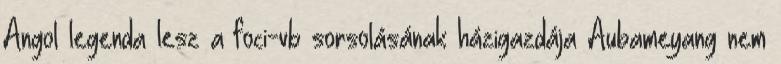
Angol legenda lesz a foci-vb sorsolásának házigazdája Aubameyang nem